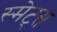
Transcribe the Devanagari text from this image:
स्मेट्स